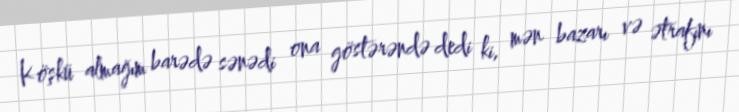
Köşkü almağım barədə sənədi ona göstərəndə dedi ki, mən bazarı və ətrafını